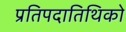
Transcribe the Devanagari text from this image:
प्रतिपदातिथिको